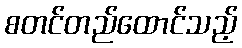
စတင်တည်ထောင်သည့်